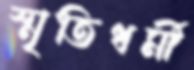
স্মৃতিধর্মী